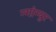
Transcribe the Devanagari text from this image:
न्गांग्युर